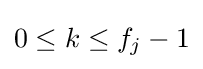
0\leq k\leq f_{j}-1